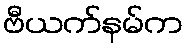
ဗီယက်နမ်က